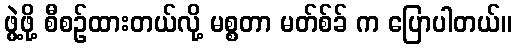
ဖွဲ့ဖို့ စီစဉ်ထားတယ်လို့ မစ္စတာ မတ်စ်ခ် က ပြောပါတယ်။